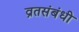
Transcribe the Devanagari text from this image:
व्रतसंबंधी